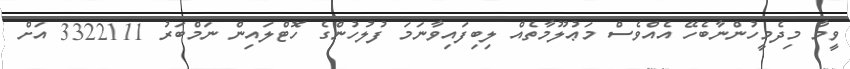
ވީމާ މިދެމީހުންނާބެހޭ އެއްވެސް މަޢުލޫމާތެއް ލިބިފައިވާނަމަ ފުލުހުންގެ ހޮޓްލައިން ނަމްބަރު 3322111 އަށް